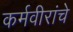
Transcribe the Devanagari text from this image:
कर्मवीरांचे